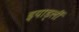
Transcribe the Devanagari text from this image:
इयार्ड्ली